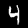
Digit: 4